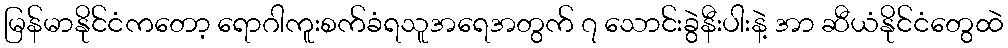
မြန်မာနိုင်ငံကတော့ ရောဂါကူးစက်ခံရသူအရေအတွက် ၇ သောင်းခွဲနီးပါးနဲ့ အာ ဆီယံနိုင်ငံတွေထဲ